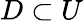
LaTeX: D\subset U